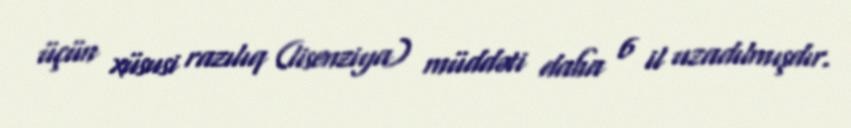
üçün xüsusi razılıq (lisenziya) müddəti daha 6 il uzadılmışdır.